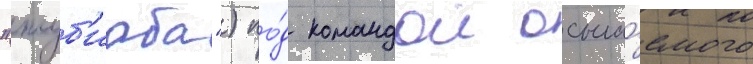
"жуб'иаба") по́д командои осыпа́емого